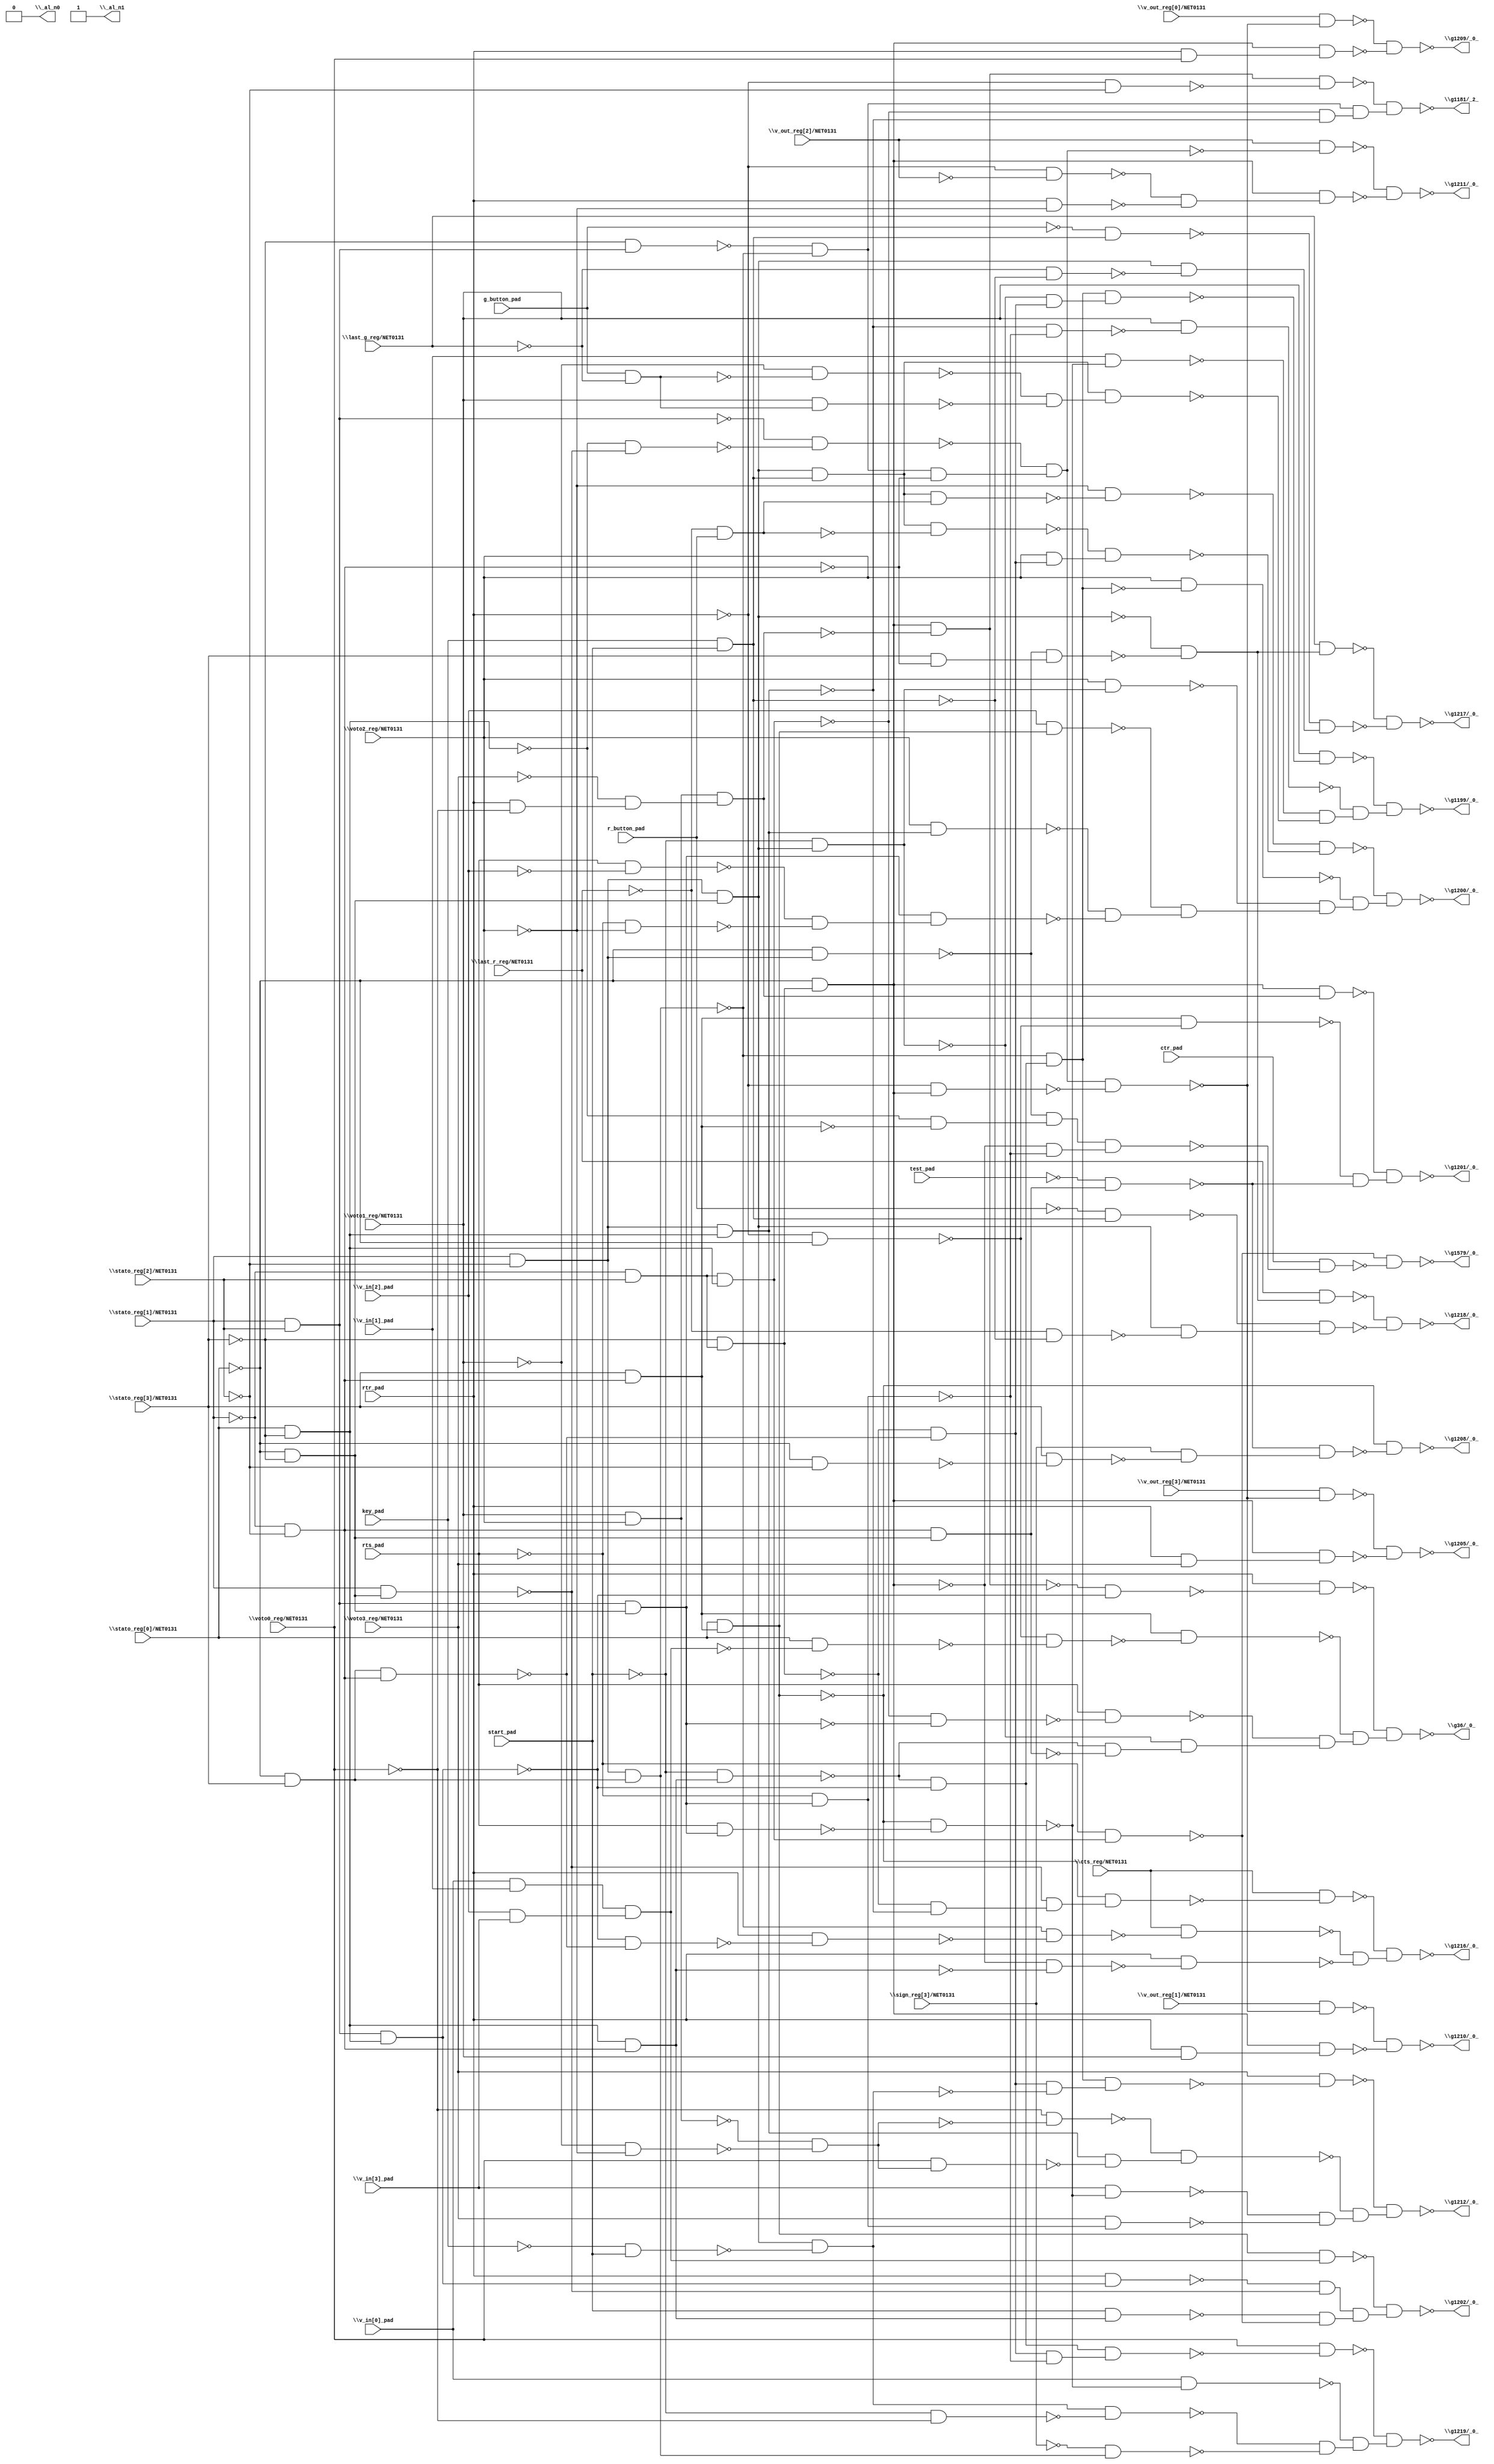
module top( ctr_pad , \cts_reg/NET0131  , g_button_pad , key_pad , \last_g_reg/NET0131  , \last_r_reg/NET0131  , r_button_pad , rtr_pad , rts_pad , \sign_reg[3]/NET0131  , start_pad , \stato_reg[0]/NET0131  , \stato_reg[1]/NET0131  , \stato_reg[2]/NET0131  , \stato_reg[3]/NET0131  , test_pad , \v_in[0]_pad  , \v_in[1]_pad  , \v_in[2]_pad  , \v_in[3]_pad  , \v_out_reg[0]/NET0131  , \v_out_reg[1]/NET0131  , \v_out_reg[2]/NET0131  , \v_out_reg[3]/NET0131  , \voto0_reg/NET0131  , \voto1_reg/NET0131  , \voto2_reg/NET0131  , \voto3_reg/NET0131  , \_al_n0  , \_al_n1  , \g1181/_2_  , \g1199/_0_  , \g1200/_0_  , \g1201/_0_  , \g1202/_0_  , \g1205/_0_  , \g1208/_0_  , \g1209/_0_  , \g1210/_0_  , \g1211/_0_  , \g1212/_0_  , \g1216/_0_  , \g1217/_0_  , \g1218/_0_  , \g1219/_0_  , \g1579/_0_  , \g36/_0_  );
  input ctr_pad ;
  input \cts_reg/NET0131  ;
  input g_button_pad ;
  input key_pad ;
  input \last_g_reg/NET0131  ;
  input \last_r_reg/NET0131  ;
  input r_button_pad ;
  input rtr_pad ;
  input rts_pad ;
  input \sign_reg[3]/NET0131  ;
  input start_pad ;
  input \stato_reg[0]/NET0131  ;
  input \stato_reg[1]/NET0131  ;
  input \stato_reg[2]/NET0131  ;
  input \stato_reg[3]/NET0131  ;
  input test_pad ;
  input \v_in[0]_pad  ;
  input \v_in[1]_pad  ;
  input \v_in[2]_pad  ;
  input \v_in[3]_pad  ;
  input \v_out_reg[0]/NET0131  ;
  input \v_out_reg[1]/NET0131  ;
  input \v_out_reg[2]/NET0131  ;
  input \v_out_reg[3]/NET0131  ;
  input \voto0_reg/NET0131  ;
  input \voto1_reg/NET0131  ;
  input \voto2_reg/NET0131  ;
  input \voto3_reg/NET0131  ;
  output \_al_n0  ;
  output \_al_n1  ;
  output \g1181/_2_  ;
  output \g1199/_0_  ;
  output \g1200/_0_  ;
  output \g1201/_0_  ;
  output \g1202/_0_  ;
  output \g1205/_0_  ;
  output \g1208/_0_  ;
  output \g1209/_0_  ;
  output \g1210/_0_  ;
  output \g1211/_0_  ;
  output \g1212/_0_  ;
  output \g1216/_0_  ;
  output \g1217/_0_  ;
  output \g1218/_0_  ;
  output \g1219/_0_  ;
  output \g1579/_0_  ;
  output \g36/_0_  ;
  wire n29 , n30 , n31 , n32 , n33 , n34 , n35 , n36 , n37 , n38 , n39 , n40 , n41 , n42 , n43 , n44 , n45 , n46 , n47 , n48 , n49 , n50 , n51 , n52 , n53 , n54 , n55 , n56 , n57 , n58 , n59 , n60 , n61 , n62 , n63 , n64 , n65 , n66 , n67 , n68 , n69 , n70 , n71 , n72 , n73 , n74 , n75 , n76 , n77 , n78 , n79 , n80 , n81 , n82 , n83 , n84 , n85 , n86 , n87 , n88 , n89 , n90 , n91 , n92 , n93 , n94 , n95 , n96 , n97 , n98 , n99 , n100 , n101 , n102 , n103 , n104 , n105 , n106 , n107 , n108 , n109 , n110 , n111 , n112 , n113 , n114 , n115 , n116 , n117 , n118 , n119 , n120 , n121 , n122 , n123 , n124 , n125 , n126 , n127 , n128 , n129 , n130 , n131 , n132 , n133 , n134 , n135 , n136 , n137 , n138 , n139 , n140 , n141 , n142 , n143 , n144 , n145 , n146 , n147 , n148 , n149 , n150 , n151 , n152 , n153 , n154 , n155 , n156 , n157 , n158 , n159 , n160 , n161 , n162 , n163 , n164 , n165 , n166 , n167 , n168 , n169 , n170 , n171 , n172 , n173 , n174 , n175 , n176 , n177 , n178 , n179 , n180 , n181 , n182 , n183 , n184 , n185 , n186 , n187 , n188 , n189 , n190 , n191 , n192 , n193 , n194 , n195 , n196 , n197 , n198 , n199 , n200 , n201 , n202 , n203 , n204 , n205 , n206 , n207 , n208 , n209 , n210 , n211 , n212 , n213 , n214 , n215 , n216 , n217 , n218 , n219 , n220 , n221 , n222 , n223 ;
  assign n35 = ~\stato_reg[1]/NET0131  & \stato_reg[2]/NET0131  ;
  assign n38 = ~\stato_reg[3]/NET0131  & n35 ;
  assign n39 = ~\stato_reg[0]/NET0131  & n38 ;
  assign n40 = \voto1_reg/NET0131  & \voto2_reg/NET0131  ;
  assign n41 = rtr_pad & ~\voto0_reg/NET0131  ;
  assign n42 = ~\voto3_reg/NET0131  & n41 ;
  assign n43 = n40 & n42 ;
  assign n44 = n39 & ~n43 ;
  assign n45 = ~rtr_pad & ~\stato_reg[2]/NET0131  ;
  assign n46 = n44 & ~n45 ;
  assign n29 = \stato_reg[1]/NET0131  & \stato_reg[2]/NET0131  ;
  assign n30 = ~\stato_reg[3]/NET0131  & n29 ;
  assign n31 = \stato_reg[1]/NET0131  & ~\stato_reg[2]/NET0131  ;
  assign n32 = ~\stato_reg[0]/NET0131  & \stato_reg[3]/NET0131  ;
  assign n33 = n31 & n32 ;
  assign n34 = ~n30 & ~n33 ;
  assign n36 = \stato_reg[0]/NET0131  & ~\stato_reg[3]/NET0131  ;
  assign n37 = n35 & n36 ;
  assign n47 = n31 & n36 ;
  assign n48 = ~n37 & ~n47 ;
  assign n49 = n34 & n48 ;
  assign n50 = ~n46 & n49 ;
  assign n51 = ~\stato_reg[1]/NET0131  & ~\stato_reg[2]/NET0131  ;
  assign n52 = n36 & n51 ;
  assign n53 = ~start_pad & n52 ;
  assign n54 = n29 & n36 ;
  assign n55 = ~n53 & ~n54 ;
  assign n56 = ~n33 & n55 ;
  assign n57 = ~\stato_reg[0]/NET0131  & ~\stato_reg[3]/NET0131  ;
  assign n58 = n31 & n57 ;
  assign n59 = ~start_pad & n58 ;
  assign n60 = n32 & n51 ;
  assign n61 = ~n38 & ~n60 ;
  assign n62 = ~n59 & n61 ;
  assign n63 = n56 & n62 ;
  assign n64 = \voto1_reg/NET0131  & ~n63 ;
  assign n67 = n29 & n57 ;
  assign n71 = ~rts_pad & n67 ;
  assign n72 = ~n47 & ~n71 ;
  assign n73 = \voto1_reg/NET0131  & ~n72 ;
  assign n65 = \stato_reg[3]/NET0131  & n51 ;
  assign n66 = \stato_reg[0]/NET0131  & n65 ;
  assign n68 = rts_pad & n67 ;
  assign n69 = ~n66 & ~n68 ;
  assign n70 = \v_in[1]_pad  & ~n69 ;
  assign n74 = key_pad & start_pad ;
  assign n75 = n58 & n74 ;
  assign n76 = g_button_pad & ~\last_g_reg/NET0131  ;
  assign n77 = ~\voto1_reg/NET0131  & ~n76 ;
  assign n78 = \voto1_reg/NET0131  & n76 ;
  assign n79 = ~n77 & ~n78 ;
  assign n80 = n75 & n79 ;
  assign n81 = ~n70 & ~n80 ;
  assign n82 = ~n73 & n81 ;
  assign n83 = ~n64 & n82 ;
  assign n92 = ~\last_r_reg/NET0131  & r_button_pad ;
  assign n93 = n75 & n92 ;
  assign n94 = ~\voto2_reg/NET0131  & ~n93 ;
  assign n95 = n75 & ~n92 ;
  assign n96 = \voto2_reg/NET0131  & n61 ;
  assign n97 = ~n95 & n96 ;
  assign n98 = ~n94 & ~n97 ;
  assign n84 = \voto2_reg/NET0131  & ~n56 ;
  assign n86 = \voto2_reg/NET0131  & n59 ;
  assign n85 = \v_in[2]_pad  & n66 ;
  assign n87 = \voto2_reg/NET0131  & n47 ;
  assign n88 = rts_pad & ~\v_in[2]_pad  ;
  assign n89 = ~rts_pad & ~\voto2_reg/NET0131  ;
  assign n90 = ~n88 & ~n89 ;
  assign n91 = n67 & n90 ;
  assign n99 = ~n87 & ~n91 ;
  assign n100 = ~n85 & n99 ;
  assign n101 = ~n86 & n100 ;
  assign n102 = ~n84 & n101 ;
  assign n103 = ~n98 & n102 ;
  assign n106 = n39 & n43 ;
  assign n104 = ~rtr_pad & ~\stato_reg[0]/NET0131  ;
  assign n105 = n65 & ~n104 ;
  assign n107 = n51 & n57 ;
  assign n108 = ~test_pad & n107 ;
  assign n109 = ~n105 & ~n108 ;
  assign n110 = ~n106 & n109 ;
  assign n113 = \v_in[0]_pad  & \v_in[1]_pad  ;
  assign n114 = \v_in[2]_pad  & \v_in[3]_pad  ;
  assign n115 = n113 & n114 ;
  assign n116 = n66 & n115 ;
  assign n111 = rtr_pad & n54 ;
  assign n112 = \stato_reg[1]/NET0131  & n57 ;
  assign n119 = ~n111 & ~n112 ;
  assign n117 = start_pad & n52 ;
  assign n118 = ~rts_pad & n37 ;
  assign n120 = ~n117 & ~n118 ;
  assign n121 = n119 & n120 ;
  assign n122 = ~n116 & n121 ;
  assign n123 = ~n36 & ~n112 ;
  assign n124 = ~n29 & ~n123 ;
  assign n125 = n34 & ~n51 ;
  assign n126 = ~n124 & n125 ;
  assign n127 = ~rtr_pad & n39 ;
  assign n128 = n126 & ~n127 ;
  assign n129 = \v_out_reg[3]/NET0131  & ~n128 ;
  assign n130 = rtr_pad & \voto3_reg/NET0131  ;
  assign n131 = n39 & n130 ;
  assign n132 = ~n129 & ~n131 ;
  assign n133 = ~\stato_reg[0]/NET0131  & ~\stato_reg[2]/NET0131  ;
  assign n134 = \stato_reg[3]/NET0131  & ~n133 ;
  assign n135 = \sign_reg[3]/NET0131  & ~n134 ;
  assign n136 = ~n108 & n135 ;
  assign n137 = ~n66 & ~n136 ;
  assign n138 = \v_out_reg[0]/NET0131  & ~n128 ;
  assign n139 = rtr_pad & \voto0_reg/NET0131  ;
  assign n140 = n39 & n139 ;
  assign n141 = ~n138 & ~n140 ;
  assign n142 = \v_out_reg[1]/NET0131  & ~n128 ;
  assign n143 = rtr_pad & \voto1_reg/NET0131  ;
  assign n144 = n39 & n143 ;
  assign n145 = ~n142 & ~n144 ;
  assign n146 = \v_out_reg[2]/NET0131  & ~n126 ;
  assign n147 = ~rtr_pad & ~\v_out_reg[2]/NET0131  ;
  assign n148 = rtr_pad & ~\voto2_reg/NET0131  ;
  assign n149 = ~n147 & ~n148 ;
  assign n150 = n39 & n149 ;
  assign n151 = ~n146 & ~n150 ;
  assign n152 = ~key_pad & start_pad ;
  assign n153 = n58 & ~n152 ;
  assign n154 = n61 & ~n153 ;
  assign n155 = n56 & n154 ;
  assign n156 = \voto3_reg/NET0131  & ~n155 ;
  assign n159 = ~\voto1_reg/NET0131  & ~\voto2_reg/NET0131  ;
  assign n160 = ~n40 & ~n159 ;
  assign n162 = ~\voto0_reg/NET0131  & ~n160 ;
  assign n161 = \voto0_reg/NET0131  & n160 ;
  assign n163 = n47 & ~n161 ;
  assign n164 = ~n162 & n163 ;
  assign n157 = \v_in[3]_pad  & ~n69 ;
  assign n158 = \voto3_reg/NET0131  & n71 ;
  assign n165 = ~n157 & ~n158 ;
  assign n166 = ~n164 & n165 ;
  assign n167 = ~n156 & n166 ;
  assign n174 = ~n38 & ~n47 ;
  assign n175 = ~n112 & n174 ;
  assign n176 = ~n66 & n175 ;
  assign n177 = \cts_reg/NET0131  & ~n176 ;
  assign n168 = ~n54 & ~n60 ;
  assign n169 = rtr_pad & ~n168 ;
  assign n170 = ~n33 & ~n169 ;
  assign n171 = \cts_reg/NET0131  & ~n170 ;
  assign n172 = ~n39 & ~n52 ;
  assign n173 = rtr_pad & ~n172 ;
  assign n178 = ~n171 & ~n173 ;
  assign n179 = ~n177 & n178 ;
  assign n180 = ~\stato_reg[0]/NET0131  & n31 ;
  assign n181 = \stato_reg[3]/NET0131  & ~n51 ;
  assign n182 = ~n180 & n181 ;
  assign n183 = ~n58 & ~n182 ;
  assign n184 = \last_g_reg/NET0131  & n183 ;
  assign n186 = ~g_button_pad & n74 ;
  assign n185 = ~\last_g_reg/NET0131  & ~n74 ;
  assign n187 = n58 & ~n185 ;
  assign n188 = ~n186 & n187 ;
  assign n189 = ~n184 & ~n188 ;
  assign n190 = \last_r_reg/NET0131  & n183 ;
  assign n192 = ~r_button_pad & n74 ;
  assign n191 = ~\last_r_reg/NET0131  & ~n74 ;
  assign n193 = n58 & ~n191 ;
  assign n194 = ~n192 & n193 ;
  assign n195 = ~n190 & ~n194 ;
  assign n196 = n61 & ~n71 ;
  assign n197 = n55 & n196 ;
  assign n198 = \voto0_reg/NET0131  & ~n197 ;
  assign n199 = \v_in[0]_pad  & ~n69 ;
  assign n200 = ~start_pad & ~\voto0_reg/NET0131  ;
  assign n201 = n153 & ~n200 ;
  assign n202 = ~\sign_reg[3]/NET0131  & n33 ;
  assign n203 = ~n201 & ~n202 ;
  assign n204 = ~n199 & n203 ;
  assign n205 = ~n198 & n204 ;
  assign n206 = ~n36 & ~n65 ;
  assign n207 = ~n180 & n206 ;
  assign n208 = ~n39 & ~n71 ;
  assign n209 = n207 & n208 ;
  assign n210 = ctr_pad & ~n209 ;
  assign n211 = ~n118 & ~n210 ;
  assign n212 = ~n44 & ~n54 ;
  assign n213 = rtr_pad & ~n212 ;
  assign n216 = \stato_reg[0]/NET0131  & ~n115 ;
  assign n217 = ~n104 & ~n216 ;
  assign n218 = n65 & ~n217 ;
  assign n214 = ~n37 & ~n67 ;
  assign n215 = rts_pad & ~n214 ;
  assign n219 = ~n53 & ~n107 ;
  assign n220 = ~n59 & n219 ;
  assign n221 = ~n215 & n220 ;
  assign n222 = ~n218 & n221 ;
  assign n223 = ~n213 & n222 ;
  assign \_al_n0  = 1'b0 ;
  assign \_al_n1  = ~1'b0 ;
  assign \g1181/_2_  = ~n50 ;
  assign \g1199/_0_  = ~n83 ;
  assign \g1200/_0_  = ~n103 ;
  assign \g1201/_0_  = ~n110 ;
  assign \g1202/_0_  = ~n122 ;
  assign \g1205/_0_  = ~n132 ;
  assign \g1208/_0_  = ~n137 ;
  assign \g1209/_0_  = ~n141 ;
  assign \g1210/_0_  = ~n145 ;
  assign \g1211/_0_  = ~n151 ;
  assign \g1212/_0_  = ~n167 ;
  assign \g1216/_0_  = ~n179 ;
  assign \g1217/_0_  = ~n189 ;
  assign \g1218/_0_  = ~n195 ;
  assign \g1219/_0_  = ~n205 ;
  assign \g1579/_0_  = ~n211 ;
  assign \g36/_0_  = ~n223 ;
endmodule